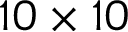
1 0 \times 1 0